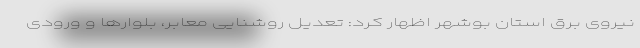
نیروی برق استان بوشهر اظهار کرد: تعدیل روشنایی معابر، بلوارها و ورودی